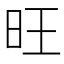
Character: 旺